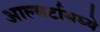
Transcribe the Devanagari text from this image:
आल्बर्टामध्ये